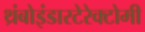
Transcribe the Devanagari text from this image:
थ्रंबोइंडारटेरेक्टोमी